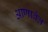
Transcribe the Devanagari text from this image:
आणावेत